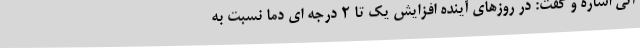
آتی اشاره و گفت: در روزهای آینده افزایش یک تا ۲ درجه ای دما نسبت به